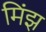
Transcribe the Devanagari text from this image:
मिंझ